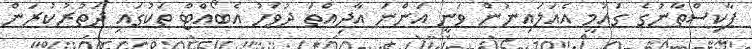
ޕާކިސްތާނުގެ ގައުމީ އެއަލައިނުން ވަނީ އަންނަ އާދިއްތަ ދުވަހު އެބޯއްޓް ތަކުގައި ދަތުރުކުރަން